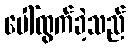
ပေါ်ထွက်ခဲ့သည်